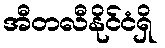
အီတလီနိုင်ငံရှိ